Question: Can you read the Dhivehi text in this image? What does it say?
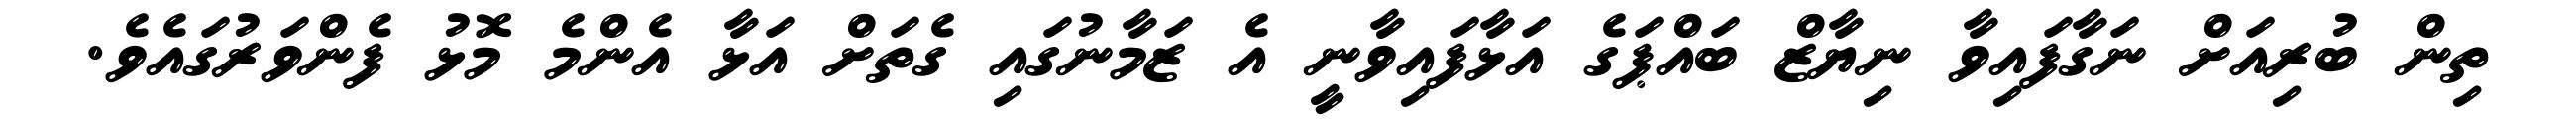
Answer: ތިން ބުރިއަށް ނަގާފައިވާ ނިޔާޒް ބައްޕަގެ އަޅާފައިވާނީ އެ ޒަމާނުގައި ގެތަށް އަޅާ އެންމެ މޮޅު ފެންވަރުގައެވެ.